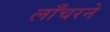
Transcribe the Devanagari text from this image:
लाँचरने